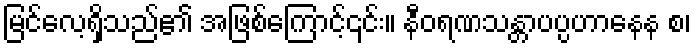
မြင်လေ့ရှိသည်၏ အဖြစ်ကြောင့်၎င်း။ နီဝရဏသန္တာပပ္ပဟာနေန စ၊